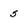
Character: 5